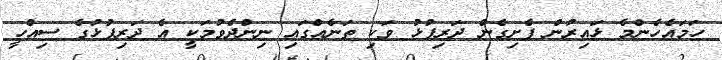
ހަމައެހެންމެ ޅައިރުން ފެށިގެން ދަރިފުޅު ވަކި ތަނެއްގައި ނިންދެވުމަކީ އެ ދަރިފުޅުގެ ސިއްހީ